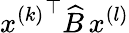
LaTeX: {x^{(k)}}^{\top}\widehat B\, x^{(l)}